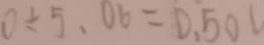
0 \div 5 、 0 6 = 0 . 5 0